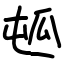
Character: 㼊